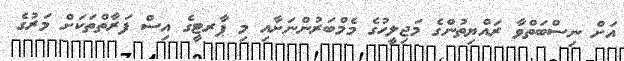
އަށް ނިސްބަތްވާ ރައްޔިތުންގެ މަޖިލީހުގެ މެމްބަރުންނަށާއި މި ޕާރޓީގެ އިސް ފަރާތްތަކަށް މަރުގެ